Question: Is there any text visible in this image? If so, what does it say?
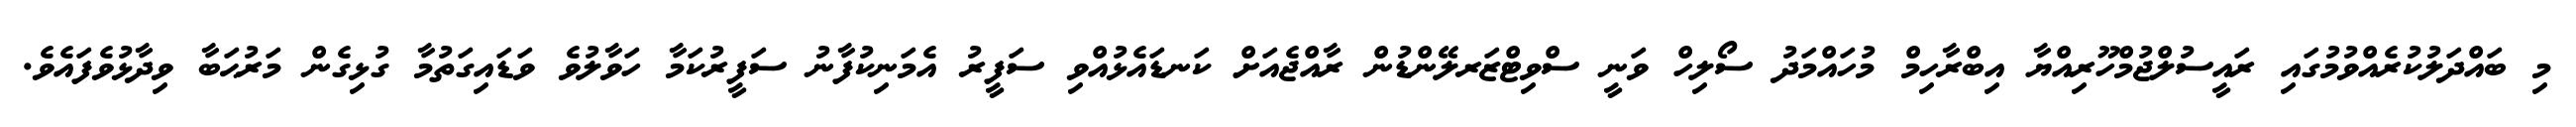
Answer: މި ބައްދަލުކުރެއްވުމުގައި ރައީސުލްޖުމްހޫރިއްޔާ އިބްރާހިމް މުހައްމަދު ސޯލިހް ވަނީ ސްވިޓްޒަރލޭންޑުން ރާއްޖެއަށް ކަނޑައެޅުއްވި ސަފީރު އެމަނިކުފާނު ސަފީރުކަމާ ހަވާލުވެ ވަޑައިގަތުމާ ގުޅިގެން މަރުޙަބާ ވިދާޅުވެފައެވެ.